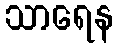
သာရေန